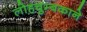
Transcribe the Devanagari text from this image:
लोहचुम्बकाने